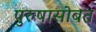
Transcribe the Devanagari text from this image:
पुरुषासोबत